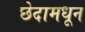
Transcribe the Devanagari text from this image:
छेदामधून